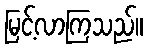
မြင့်လာကြသည်။